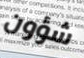
شؤون